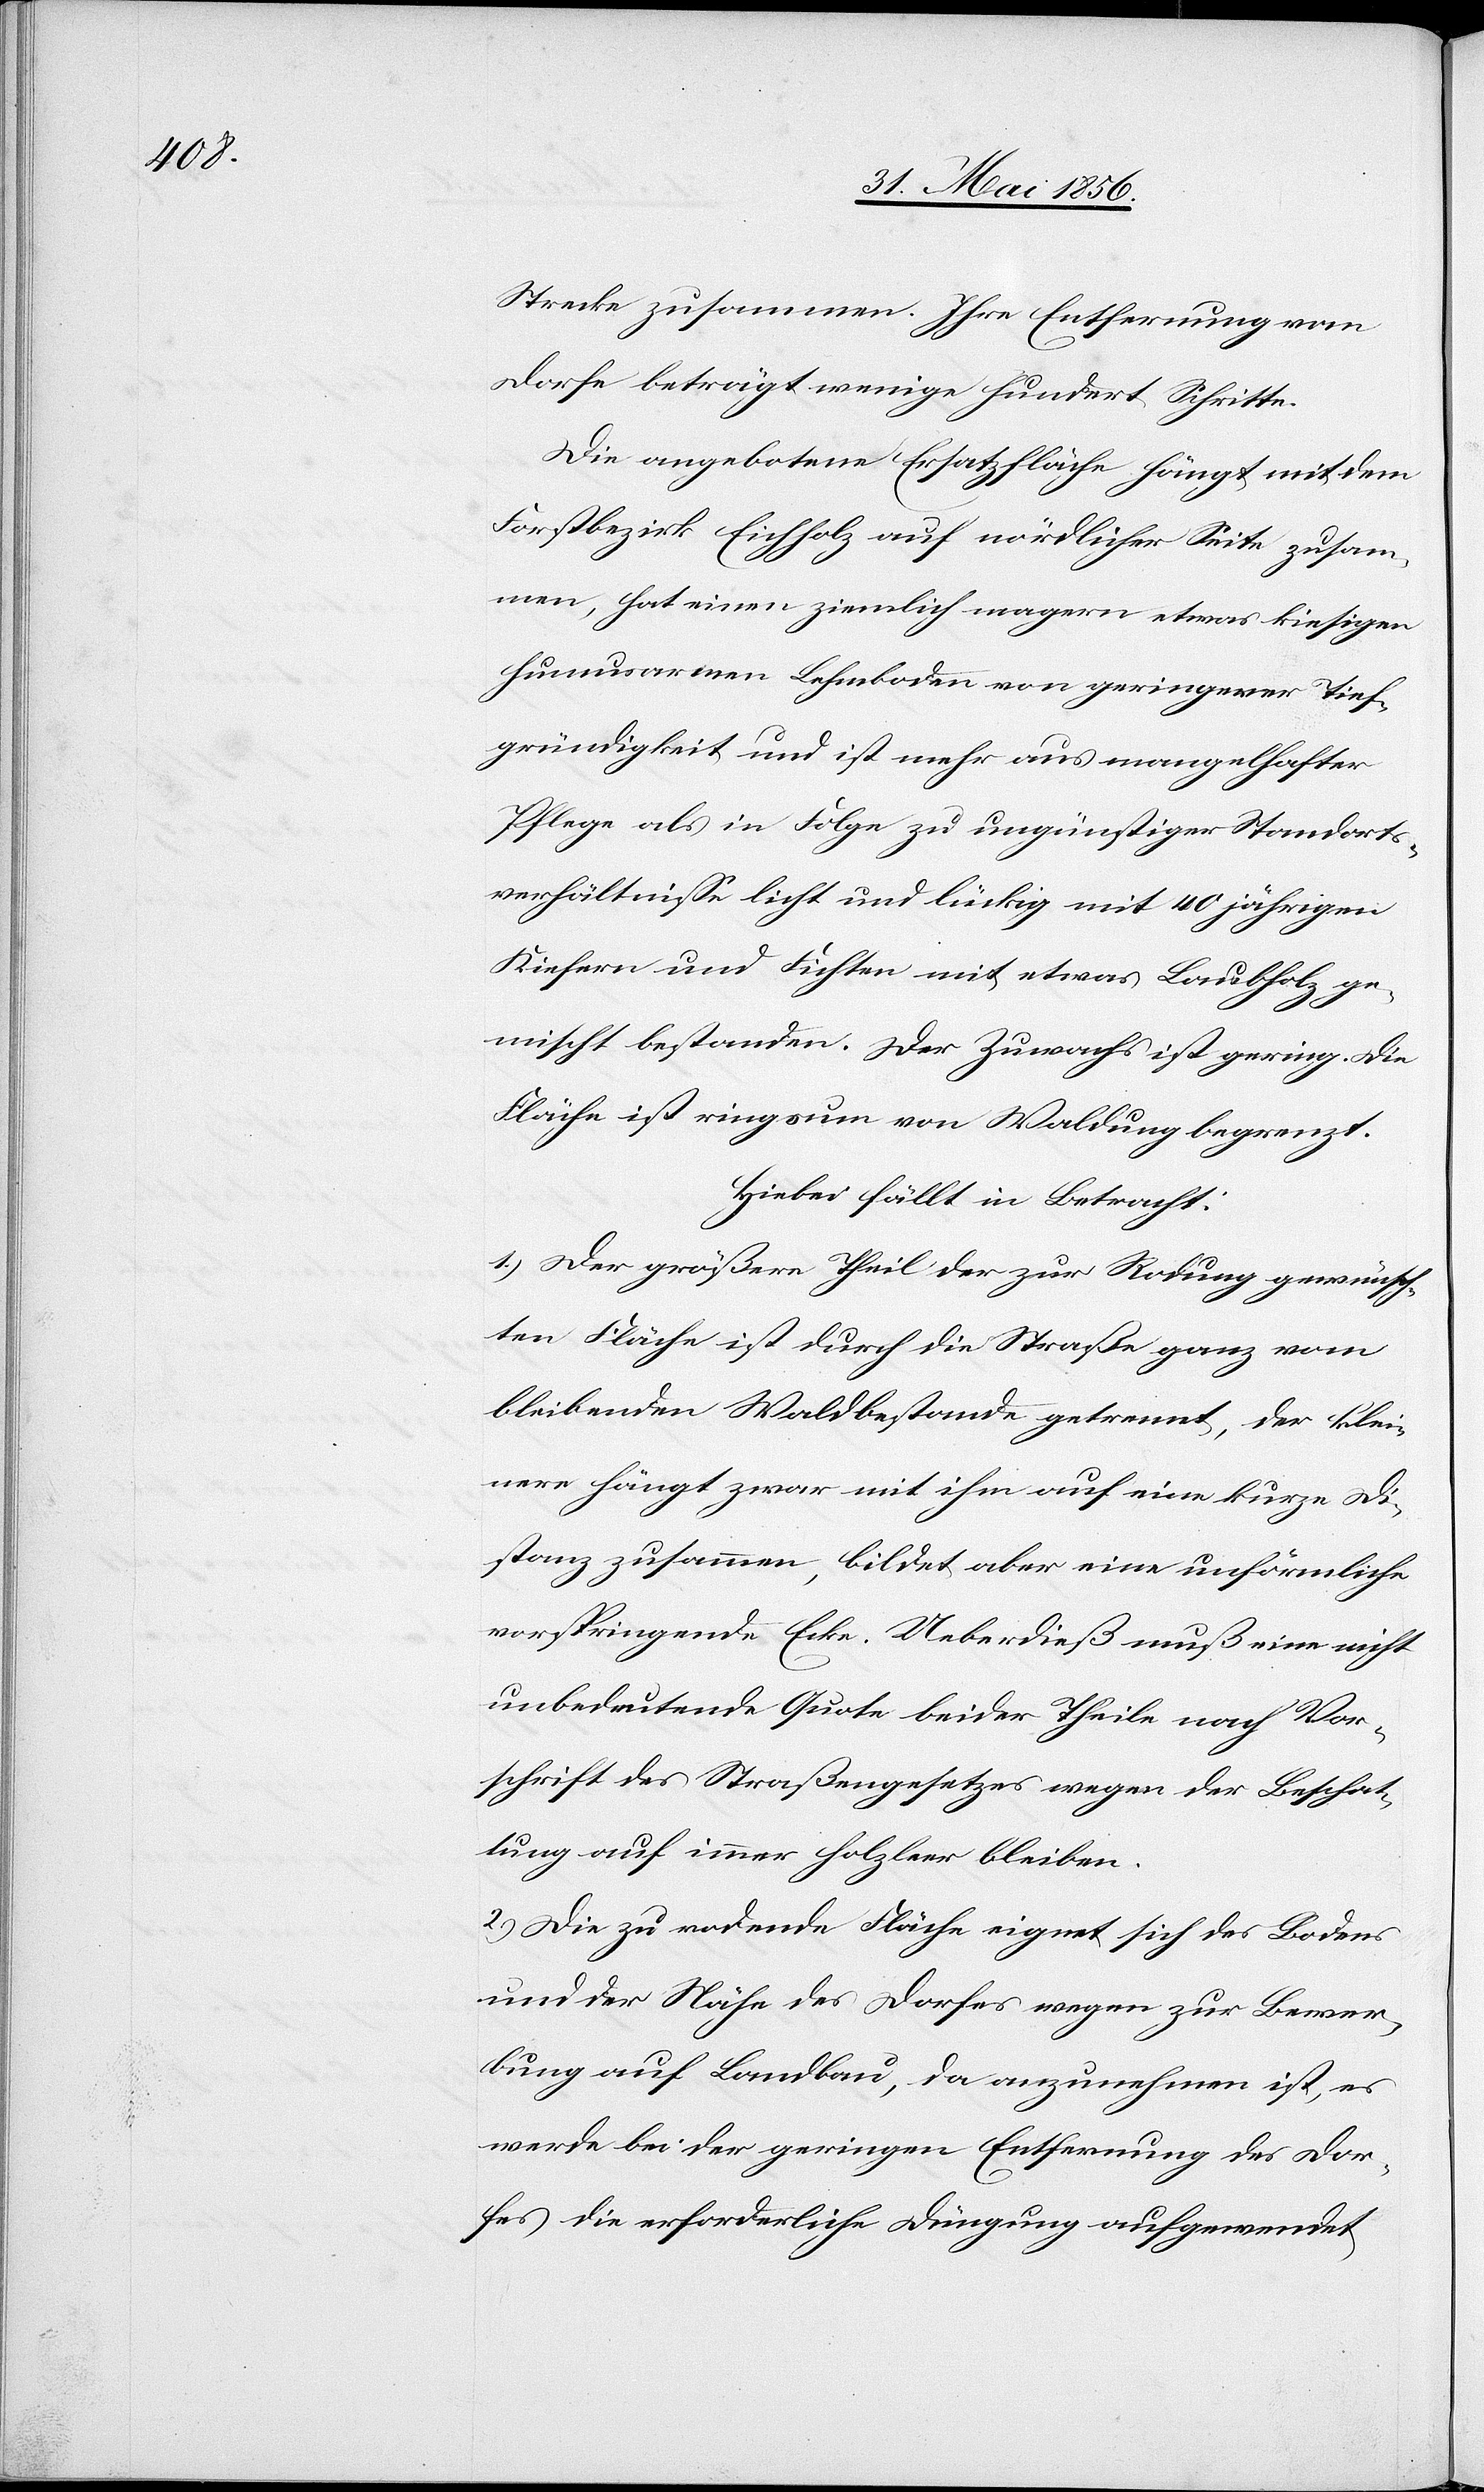
Strecke zusammen. Ihre Entfernung vom
Dorfe beträgt wenige hundert Schritte.
Die angebotene Ersatzfläche hängt mit dem
Forstbezirk Eichholz auf nördlicher Seite zusam¬
men, hat einen ziemlich magern etwas kiesigen
humusarmen Lehmboden von geringerer Tief¬
gründigkeit und ist mehr aus mangelhafter
Pflege als in Folge zu ungünstiger Standorts¬
verhältnisse licht und lückig mit 40 jährigen
Kiefern und Fichten mit etwas Laubholz ge¬
mischt bestanden. Der Zuwachs ist gering. Die
Fläche ist ringsum von Waldung begrenzt.
Hiebei fällt in Betracht:
1.) Der größere Theil der zur Rodung gewünsch¬
ten Fläche ist durch die Straße ganz vom
bleibenden Waldbestande getrennt, der klei¬
nere hängt zwar mit ihm auf eine kurze Di¬
stanz zusammen, bildet aber eine unförmliche
vorspringende Ecke. Ueberdieß muß eine nicht
unbedeutende Quote beider Theile nach Vor¬
schrift des Straßengesetzes wegen der Beschat¬
tung auf immer holzleer bleiben.
2.) Die zu rodende Fläche eignet sich des Bodens
und der Nähe des Dorfes wegen zur Bewer¬
bung auf Landbau, da anzunehmen ist, es
werde bei der geringen Entfernung des Dor¬
fes die erforderliche Düngung aufgewendet